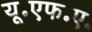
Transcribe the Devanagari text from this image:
यू॰एफ॰ए॰